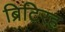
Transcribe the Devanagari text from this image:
ब्रिटिरह